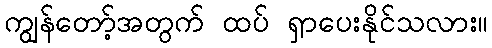
ကျွန်တော့်အတွက် ထပ် ရှာပေးနိုင်သလား။